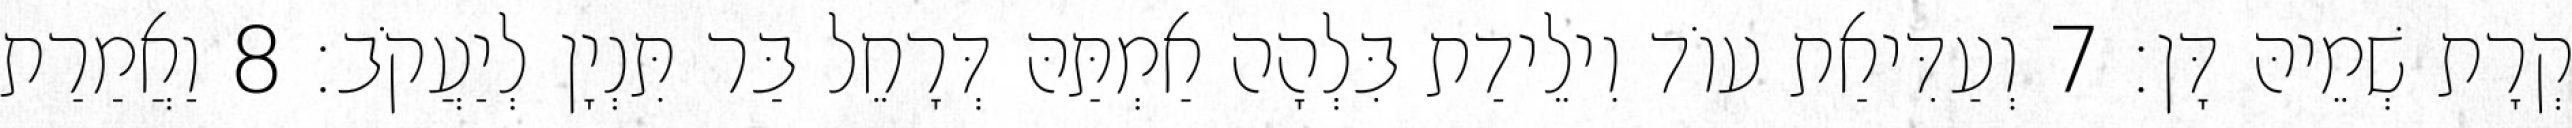
קְרָת שְׁמֵיהּ דָּן׃ 7 וְעַדִּיאַת עוֹד וִילֵידַת בִּלְהָה אַמְתַּהּ דְּרָחֵל בַּר תִּנְיָן לְיַעֲקֹב׃ 8 וַאֲמַרַת